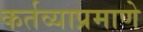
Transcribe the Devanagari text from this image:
कर्तव्याप्रमाणे